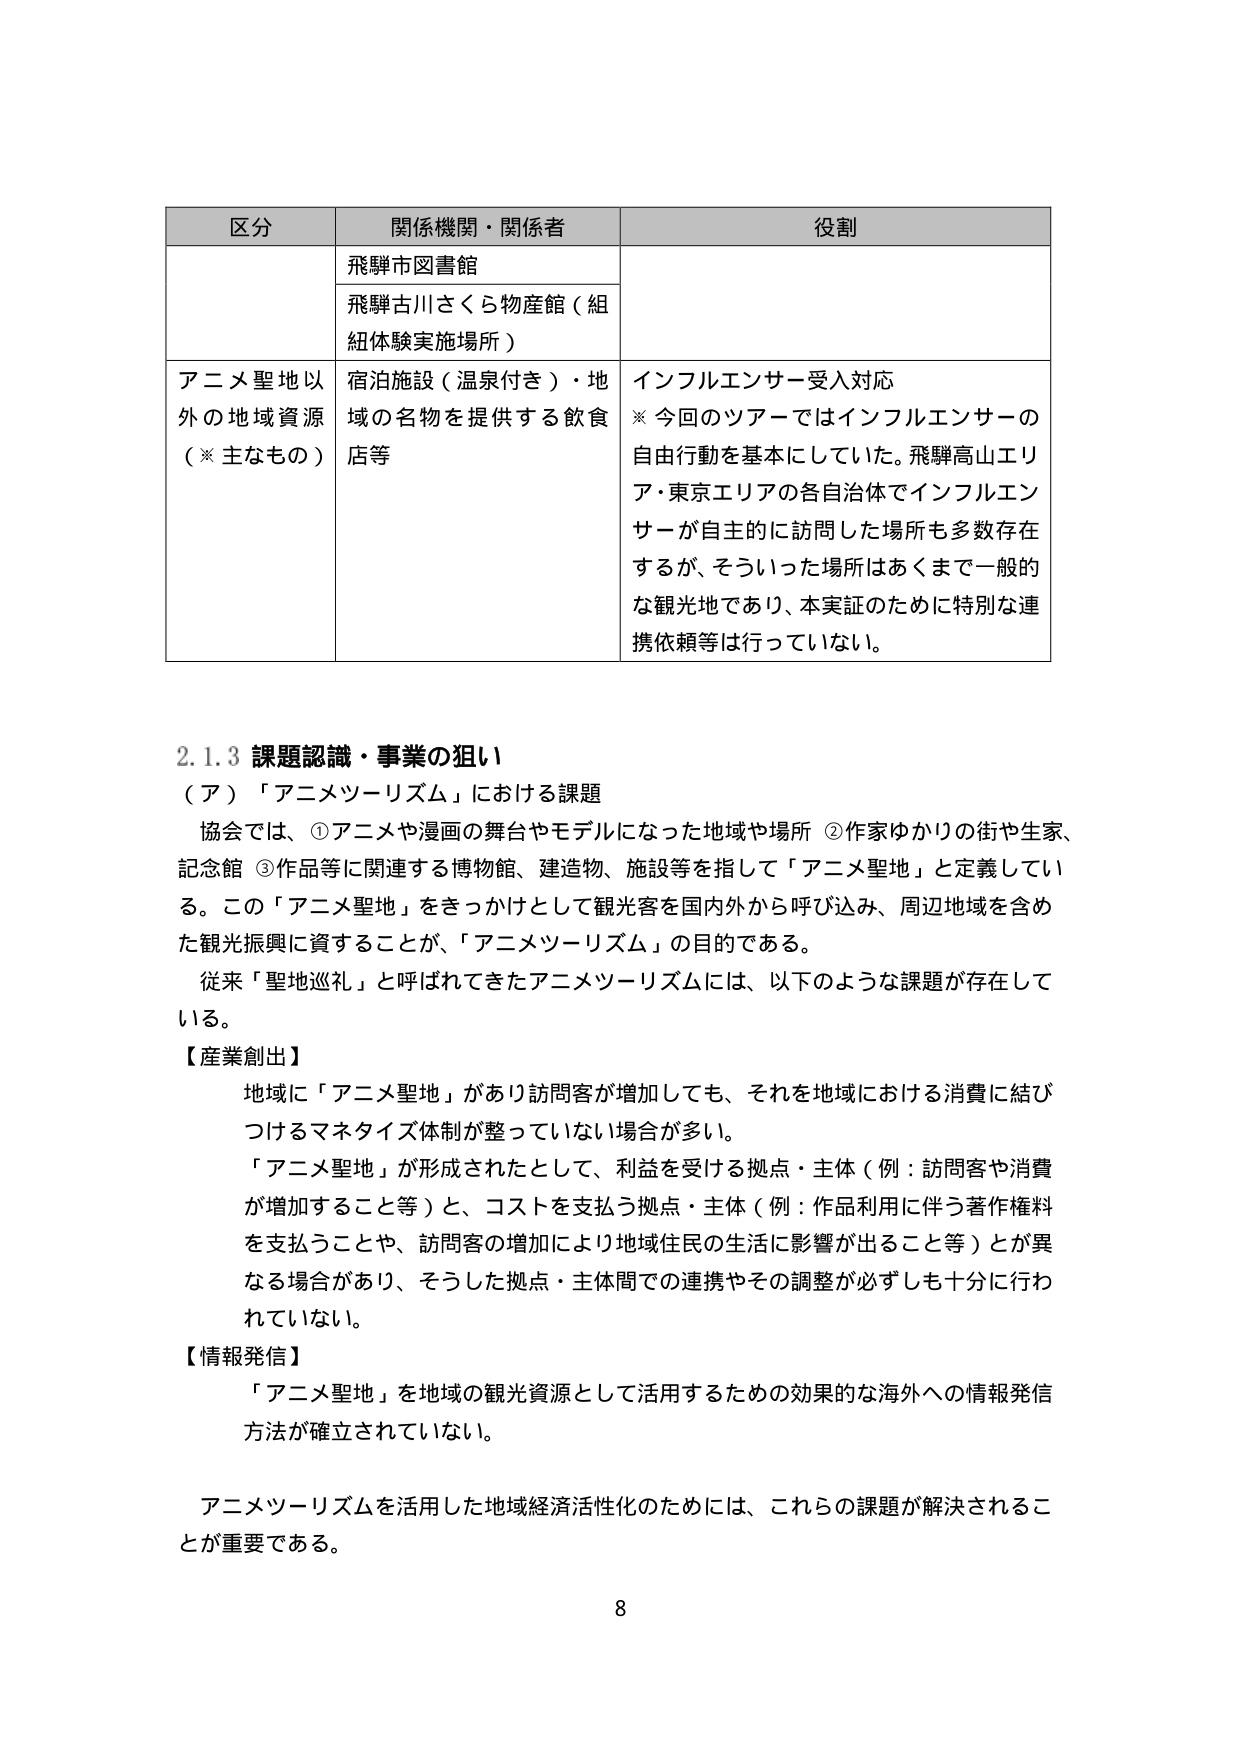
区分 関係機関・関係者 役割
飛騨市図書館
飛騨古川さくら物産館（組紐体験実施場所）
アニメ聖地以外の地域資源（※主なもの） 宿泊施設（温泉付き）・地域の名物を提供する飲食店等 インフルエンサー受入対応
※今回のツアーではインフルエンサーの自由行動を基本にしていた。飛騨高山エリア・東京エリアの各自治体でインフルエンサーが自主的に訪問した場所も多数存在するが、そういった場所はあくまで一般的な観光地であり、本実証のために特別な連携依頼等は行っていない。

2.1.3 課題認識・事業の狙い
（ア）「アニメツーリズム」における課題
協会では、①アニメや漫画の舞台やモデルになった地域や場所 ②作家ゆかりの街や生家、記念館 ③作品等に関連する博物館、建造物、施設等を指して「アニメ聖地」と定義している。この「アニメ聖地」をきっかけとして観光客を国内外から呼び込み、周辺地域を含めた観光振興に資することが、「アニメツーリズム」の目的である。
従来「聖地巡礼」と呼ばれてきたアニメツーリズムには、以下のような課題が存在している。
【産業創出】
地域に「アニメ聖地」があり訪問客が増加しても、それを地域における消費に結びつけるマネタイズ体制が整っていない場合が多い。
「アニメ聖地」が形成されたとして、利益を受ける拠点・主体（例：訪問客や消費が増加すること等）と、コストを支払う拠点・主体（例：作品利用に伴う著作権料を支払うことや、訪問客の増加により地域住民の生活に影響が出ること等）とが異なる場合があり、そうした拠点・主体間での連携やその調整が必ずしも十分に行われていない。
【情報発信】
「アニメ聖地」を地域の観光資源として活用するための効果的な海外への情報発信方法が確立されていない。
アニメツーリズムを活用した地域経済活性化のためには、これらの課題が解決されることが重要である。
8